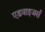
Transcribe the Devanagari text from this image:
एडवाइजर्स